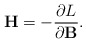
\begin{align*}\mathbf{H}=-\frac{\partial L}{\partial\mathbf{B}}.\end{align*}